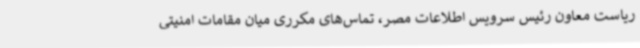
ریاست معاون رئیس سرویس اطلاعات مصر، تماس‌های مکرری میان مقامات امنیتی